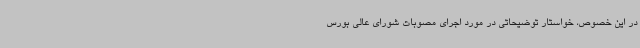
در این خصوص، خواستار توضیحاتی در مورد اجرای مصوبات شورای عالی بورس